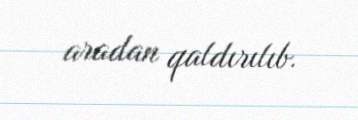
aradan qaldırılıb.